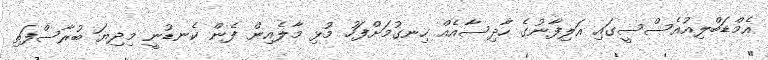
އެމްޑަބްލިއުއެސްސީގައި އަލިފާނުގެ ހާދިސާއެއް ހިނގުމަށްފަހު މުޅި މާލެއިން ފެން ކެނޑުނީ މިދިޔަ ބުރާސްފަތި